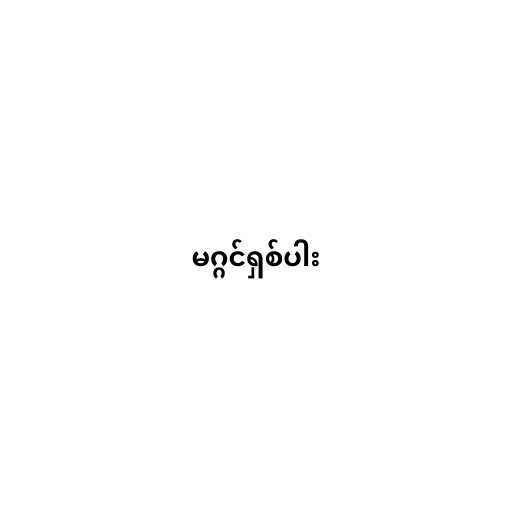
မဂ္ဂင်ရှစ်ပါး